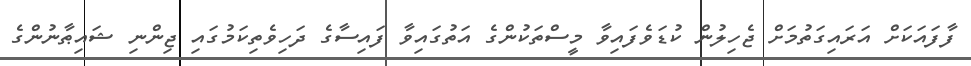
ފާފައަކަށް އަރައިގަތުމަށް ޖެހިލުން ކުޑަވެފައިވާ މީސްތަކުންގެ އަތުގައިވާ ފައިސާގެ ދަހިވެތިކަމުގައި ޖިންނި ޝައިޠާނުންގެ